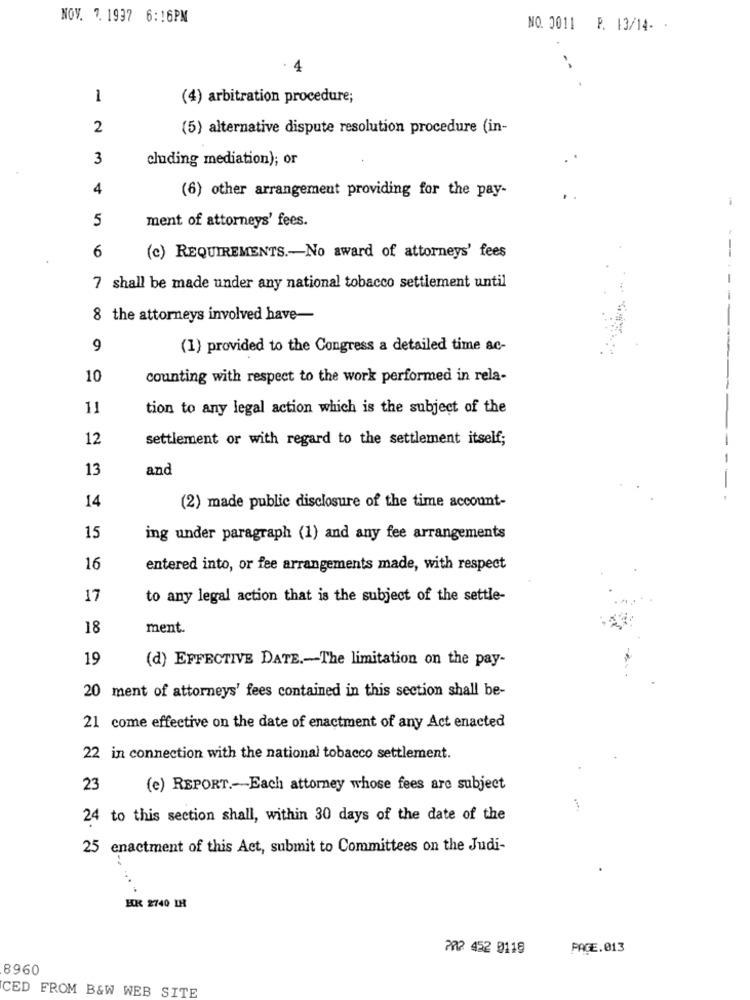
NOV. 7. 1997 6:16PM
NO. 0011 P. 13/14. .
. 4
1
(4) arbitration procedure;
2
(5) alternative dispute resolution procedure (in-
3
cluding mediation); or
4
(6) other arrangement providing for the pay-
5
ment of attorneys' fees.
6
(c) REQUIREMENTS .- No award of attorneys' fees
7 shall be made under any national tobacco settlement until
8 the attorneys involved have-
9
(1) provided to the Congress a detailed time ac-
10
counting with respect to the work performed in rela-
11
tion to any legal action which is the subject of the
12
settlement or with regard to the settlement itself;
13
and
-
14
(2) made public disclosure of the time account-
15
ing under paragraph (1) and any fee arrangements
16
entered into, or fee arrangements made, with respect
17
to any legal action that is the subject of the settle-
18
ment.
19
(d) EFFECTIVE DATE .- The limitation on the pay-
20 ment of attorneys' fees contained in this section shall be-
21 come effective on the date of enactment of any Act enacted
22 in connection with the national tobacco settlement.
23
(e) REPORT .- Each attorney whose fees are subject
24 to this section shall, within 30 days of the date of the
25 enactment of this Act, submit to Committees on the Judi-
HK 2740 IH
202 452 0119
PAGE.013
8960
CED FROM B&W WEB SITE